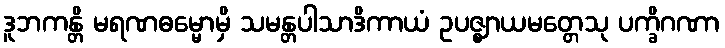
ဒူဘကန္တိ မရဏဓမ္မောမှိ သမန္တပါသာဒိကာယံ ဥပဇ္ဈာယမတ္တေသု ပက္ခိဂဏာ